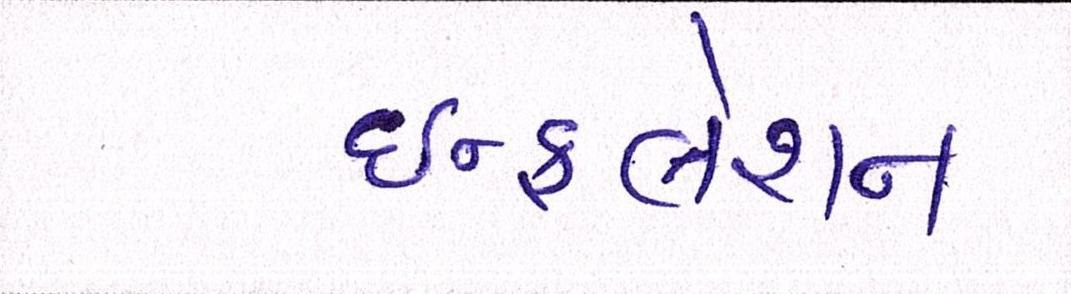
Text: ઇન્ફલેશન